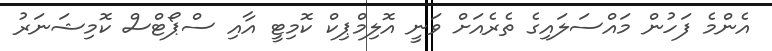
އެންމެ ފަހުން މައްސަލައިގެ ތެރެއަށް ވަނީ އޮލިމްޕިކް ކޮމިޓީ އާއި ސްޕޯޓްސް ކޮމިޝަނަރު